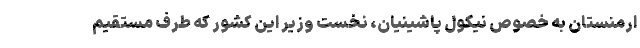
ارمنستان به خصوص نیکول پاشینیان، نخست وزیر این کشور که طرف مستقیم